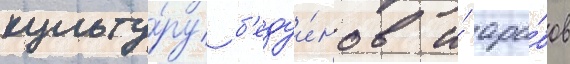
культу́ру б'едуи́нов и́ ара́бов